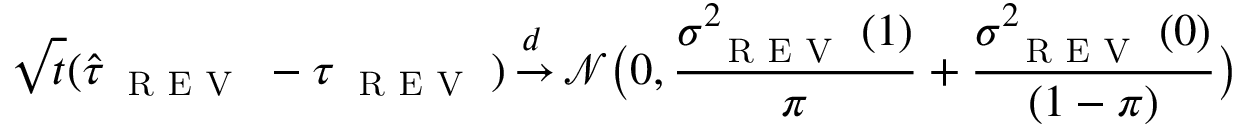
\sqrt { t } ( \hat { \tau } _ { \small \textsc { { R E V } } } - \tau _ { \small \textsc { { R E V } } } ) { \, \overset { { \, d \, \, } } { \rightarrow } \, } { \mathcal { N } } \allowbreak \big ( 0 , \frac { \sigma _ { \small \textsc { { R E V } } } ^ { 2 } ( 1 ) } { \pi } \allowbreak + \allowbreak \frac { \sigma _ { \small \textsc { { R E V } } } ^ { 2 } ( 0 ) } { ( 1 - \pi ) } \big )